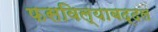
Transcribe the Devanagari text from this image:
फसविल्याबद्दल